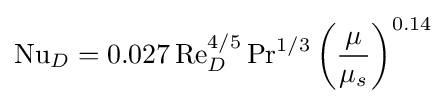
\mathrm {Nu} _{D}=0.027\,\mathrm {Re} _{D}^{4/5}\,\mathrm {Pr} ^{1/3}\left({\frac {\mu }{\mu _{s}}}\right)^{0.14}